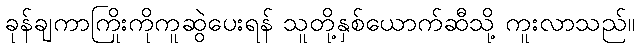
ခုန်ချကာကြိုးကိုကူဆွဲပေးရန် သူတို့နှစ်ယောက်ဆီသို့ ကူးလာသည်။